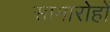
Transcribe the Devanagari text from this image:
सामारोहों